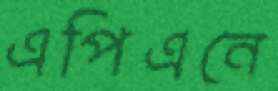
এপিএনে